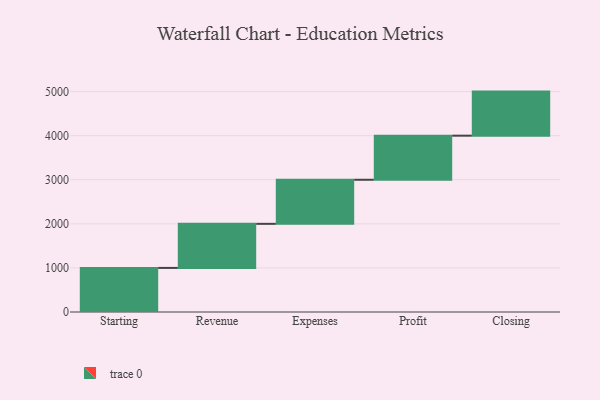
{"axis": {"x": "Step", "y": "Value"}, "legend": [""], "data": [{"x": "Starting", "y": 1000, "type": ""}, {"x": "Revenue", "y": 1000, "type": ""}, {"x": "Expenses", "y": 1000, "type": ""}, {"x": "Profit", "y": 1000, "type": ""}, {"x": "Closing", "y": 1000, "type": ""}]}